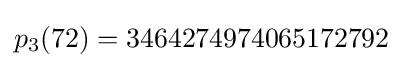
p_{3}(72)=3464274974065172792\